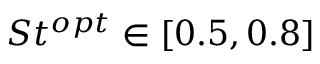
S t ^ { o p t } \in [ 0 . 5 , 0 . 8 ]